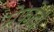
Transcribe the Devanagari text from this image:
मेफोदी